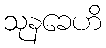
သုနခေဟိ